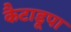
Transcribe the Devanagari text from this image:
कैटाडूपा